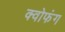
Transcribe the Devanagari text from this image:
क्वोफंग